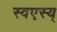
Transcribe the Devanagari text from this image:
स्वएस्य्